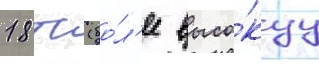
18 тс (бо́л'ее высо́куу